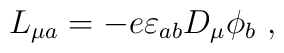
L_{\mu a}=-e \varepsilon_{ab}D_\mu\phi_b\ ,